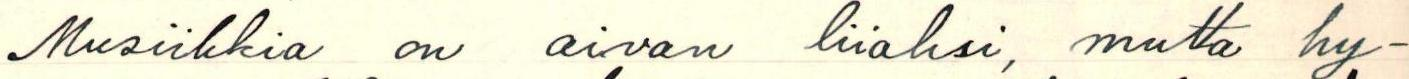
Musiikkia on aivan liiaksi, mutta hy-